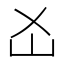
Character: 𡴷